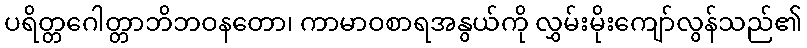
ပရိတ္တဂေါတ္တာဘိဘဝနတော၊ ကာမာဝစာရအနွယ်ကို လွှမ်းမိုးကျော်လွန်သည်၏